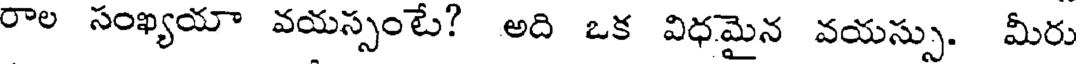
రాల సంఖ్యయా వయస్సంటే? అది ఒక విధమైన వయస్సు. మీరు